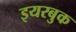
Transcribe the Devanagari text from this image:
इयरबुक